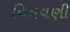
વિનવણી